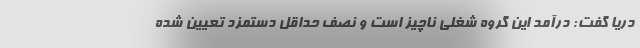
دریا گفت: درآمد این گروه شغلی ناچیز است و نصف حداقل دستمزد تعیین شده